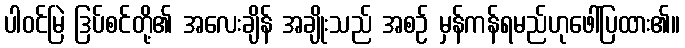
ပါဝင်မြဲ ဒြပ်စင်တို့၏ အလေးချိန် အချိုးသည် အစဉ် မှန်ကန်ရမည်ဟုဖေါ်ပြထား၏။